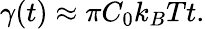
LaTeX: \gamma(t)\approx\pi C_{0}k_{B}Tt.